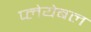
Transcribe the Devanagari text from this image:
प्लेयेबल